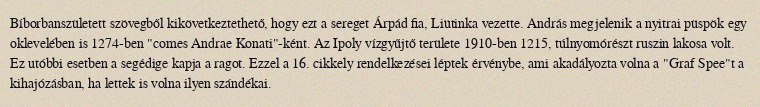
Bíborbanszületett szövegből kikövetkeztethető, hogy ezt a sereget Árpád fia, Liütinka vezette. András megjelenik a nyitrai püspök egy oklevelében is 1274-ben "comes Andrae Konati"-ként. Az Ipoly vízgyűjtő területe 1910-ben 1215, túlnyomórészt ruszin lakosa volt. Ez utóbbi esetben a segédige kapja a ragot. Ezzel a 16.  cikkely rendelkezései léptek érvénybe, ami akadályozta volna a "Graf Spee"t a kihajózásban, ha lettek is volna ilyen szándékai.